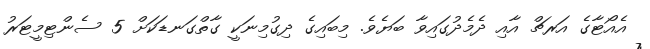
އެއޯޓާގެ އަރޗް އާއި ދެމެދުގައިވާ ބަޔެވެ. މިބައިގެ ދިގުމިނަކީ ގާތްގަނޑަކަށް 5 ސެންޓިމީޓަރު